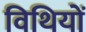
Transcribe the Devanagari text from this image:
विथियों